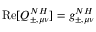
\operatorname { R e } [ Q _ { \pm , \mu \nu } ^ { N H } ] = g _ { \pm , \mu \nu } ^ { N H }